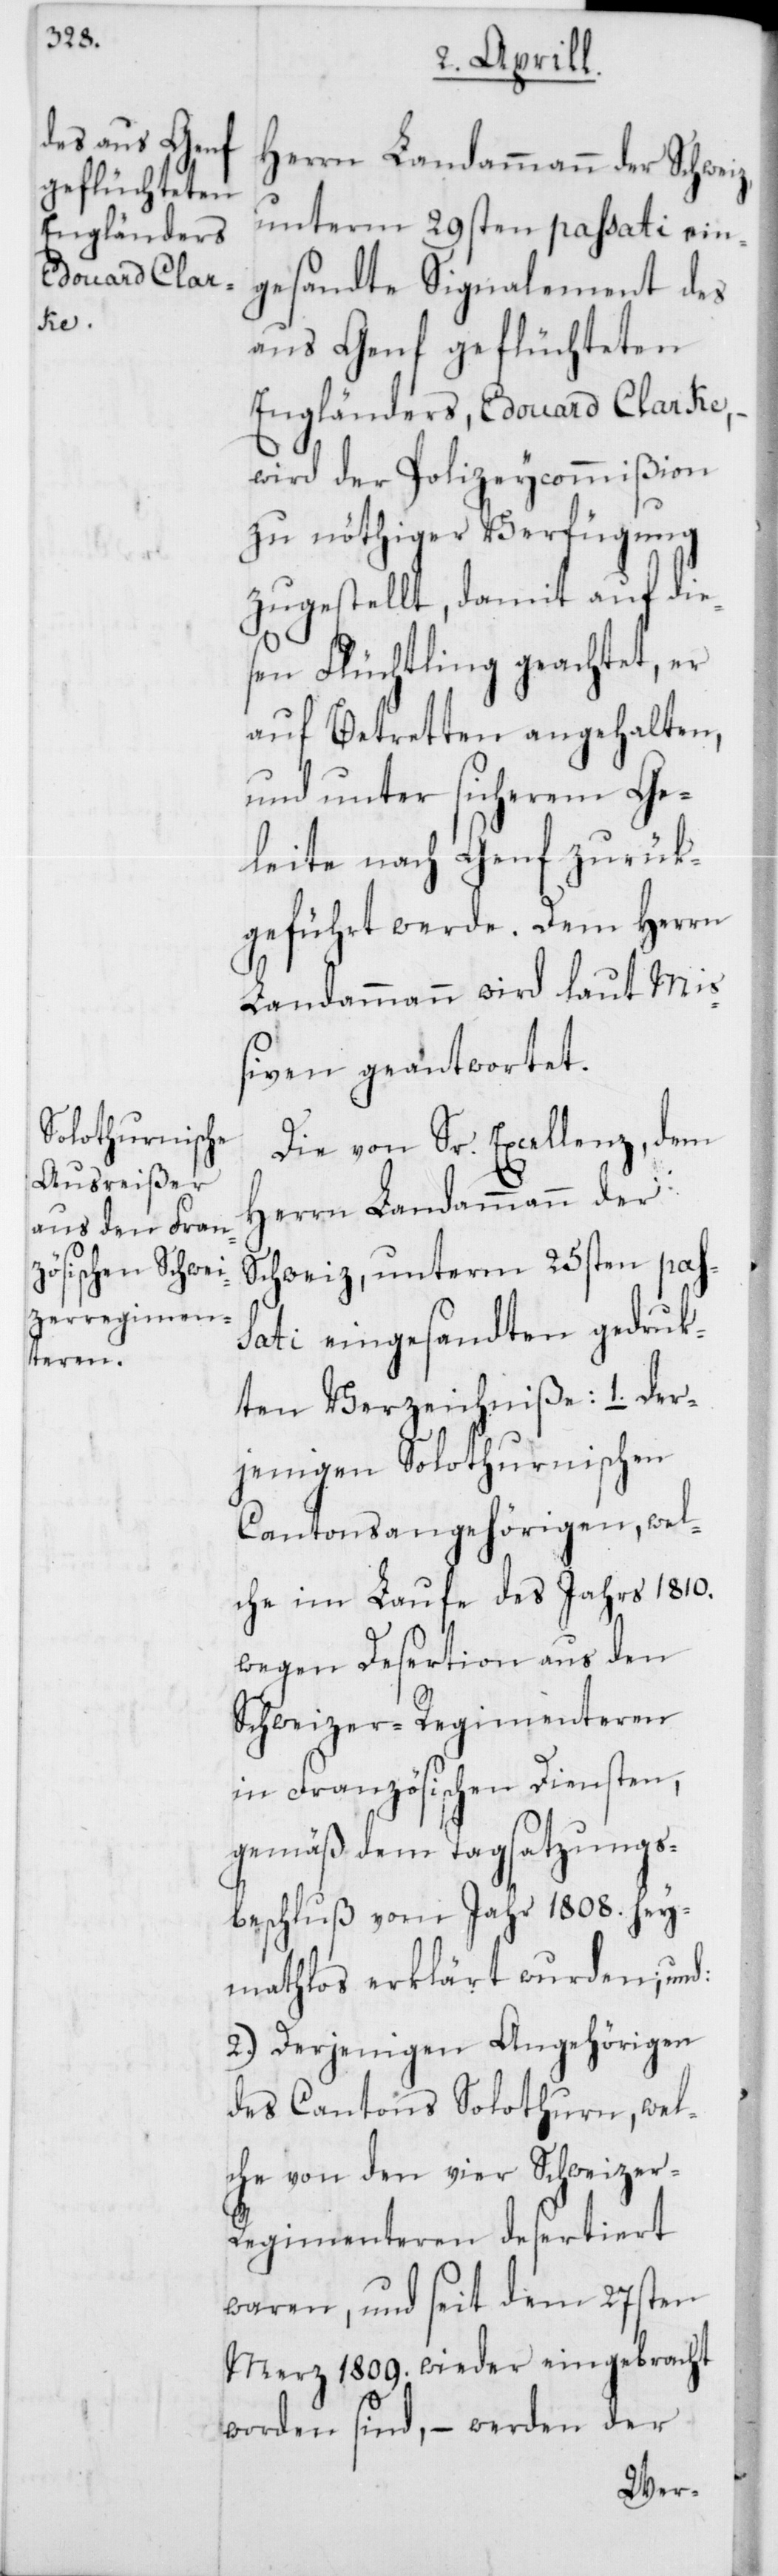
der¬

Herrn Landammann der Schwei¬
unterm 29sten passati ein¬
gesandte Signalement des
aus Genf geflüchteten
Engländers, Edouard Clarke,
wird der Polizeycommißion
zu nöthiger Verfügung
zugestellt, damit auf die¬
sen Flüchtling geachtet, er
auf Betretten angehalten,
und unter sicherem Ge¬
leite nach Genf zurük¬
geführt werde. Dem Herrn
Landammann wird laut Mi¬
ßiven geantwortet.
Die von Sr. Excellenz, dem
Herren Landammann der
Schweiz, unterm 25sten pas¬
sati eingesandten gedruk¬
ten Verzeichniße:
jenigen Solothurnischen
Cantonsangehörigen, wel¬
che im Laufe des Jahrs 1810.
wegen Desertion aus den
Schweizer-Regimenteren
in Französischen Diensten,
gemäß dem Tagsatzungs¬
beschluß vom Jahr 1808. hey¬
mathlos erklärt wurden; und.
2.) Derjenigen Angehörigen
des Cantons Solothurn, wel¬
che von den vier Schweizer-R¬
egimenteren desertiert
waren, und seit dem 27sten
Merz 1809. wieder eingebracht
worden sind, – werden der